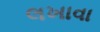
લખાવા